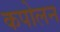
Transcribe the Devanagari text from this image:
कपोलन